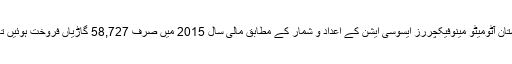
پاکستان آٹومیٹو مینوفیکچررز ایسوسی ایشن کے اعداد و شمار کے مطابق مالی سال 2015 میں صرف 58,727 گاڑیاں فروخت ہوئیں تھیں۔